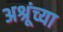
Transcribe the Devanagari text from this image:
अश्रूंच्या